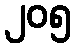
၂၀၅